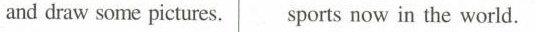
and draw some pictures. sports now in the world.